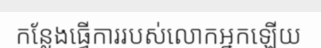
កន្លែងធ្វើការរបស់លោកអ្នកឡើយ